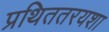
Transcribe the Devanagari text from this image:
प्रथिततरयशा